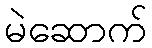
မဲဆောက်